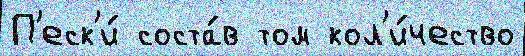
П'еск'и́ соста́в том кол'и́чество